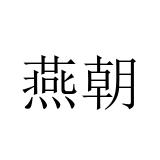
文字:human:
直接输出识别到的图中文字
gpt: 燕朝